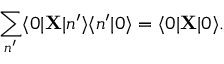
\sum _ { n ^ { \prime } } \langle 0 | { \bf X } | n ^ { \prime } \rangle \langle n ^ { \prime } | 0 \rangle = \langle 0 | { \bf X } | 0 \rangle .